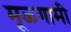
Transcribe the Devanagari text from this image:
मूळगामी